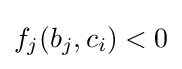
f_{j}(b_{j},c_{i})<0